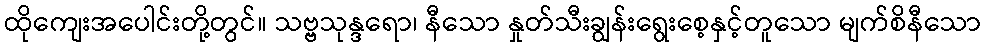
ထိုကျေးအပေါင်းတို့တွင်။ သဗ္ဗသုန္ဒရော၊ နီသော နှုတ်သီးချွန်းရွေးစေ့နှင့်တူသော မျက်စိနီသော